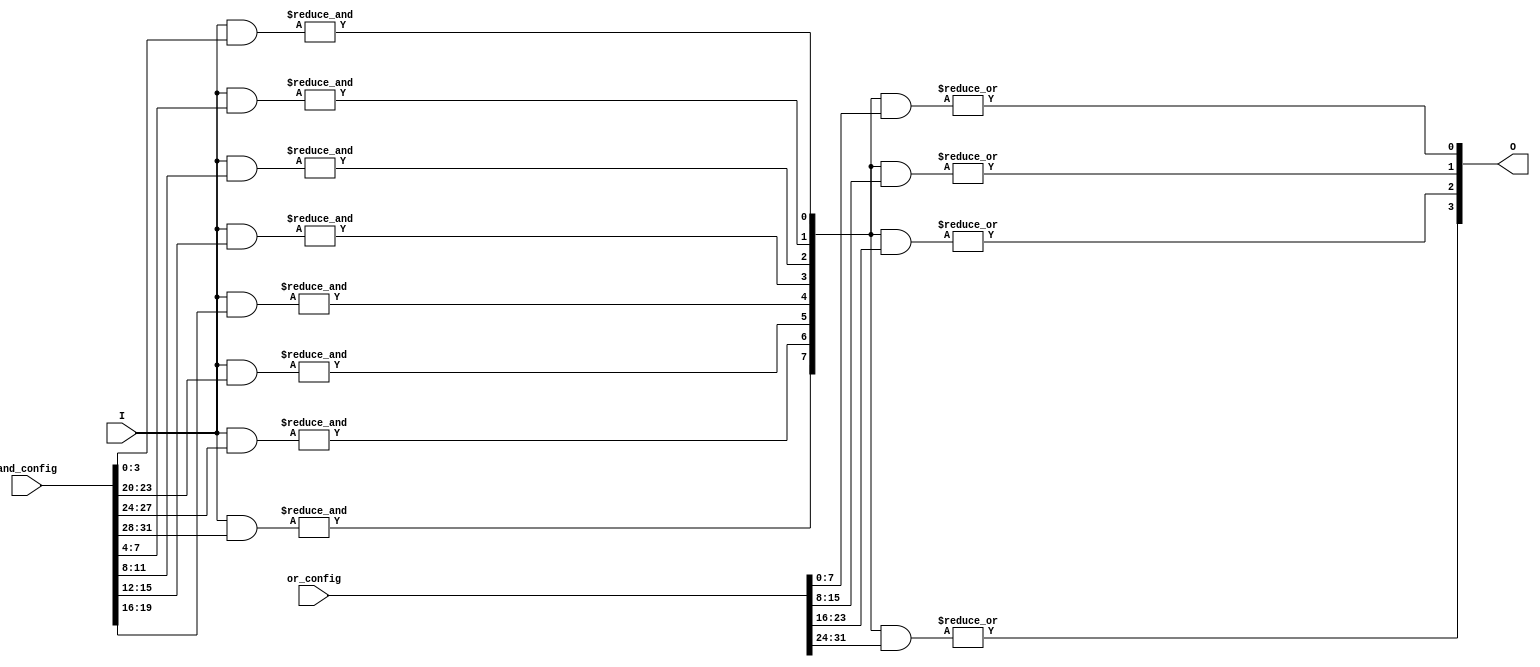
module SPAL #(
    parameter N = 4,        // Number of inputs
    parameter K = 8,        // Number of AND gates
    parameter L = 4         // Number of OR gates
) (
    input  wire [N-1:0] I,       // Inputs
    input  wire [K*N-1:0] and_config, // AND gate configuration memory
    input  wire [L*K-1:0] or_config,  // OR gate configuration memory
    output wire [L-1:0] O         // Outputs
);

// Intermediate product term signals from AND gates
wire [K-1:0] product_terms;

// Programmable AND array
genvar i, j;
generate
    for (i = 0; i < K; i = i + 1) begin : and_array
        // Generate product term for each AND gate
        wire [N-1:0] and_inputs;
        assign and_inputs = and_config[(i+1)*N-1:i*N]; // Slice the configuration for AND gate

        assign product_terms[i] = (&(I & and_inputs)); // AND operation based on input and configuration
    end
endgenerate

// Programmable OR array
generate
    for (j = 0; j < L; j = j + 1) begin : or_array
        // Generate output for each OR gate
        wire [K-1:0] or_inputs;
        assign or_inputs = or_config[(j+1)*K-1:j*K]; // Slice the configuration for OR gate

        // OR operation based on the product terms and OR configuration
        assign O[j] = |(product_terms & or_inputs);
    end
endgenerate

endmodule